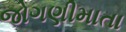
જોગણીમાતા